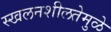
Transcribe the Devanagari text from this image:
स्खलनशीलतेमुळे